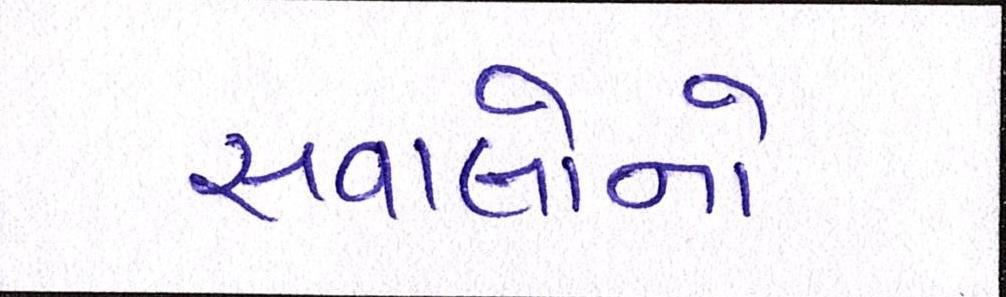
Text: સવાલોનો